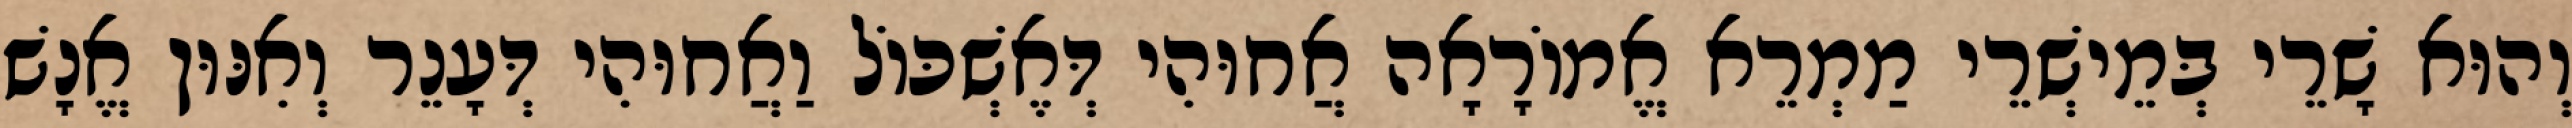
וְהוּא שָׁרֵי בְּמֵישְׁרֵי מַמְרֵא אֱמוֹרָאָה אֲחוּהִי דְּאֶשְׁכּוֹל וַאֲחוּהִי דְּעָנֵר וְאִנּוּן אֱנָשׁ